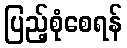
ပြည့်စုံစေရန်